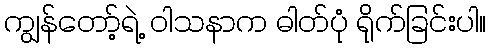
ကျွန်တော့်ရဲ့ ဝါသနာက ဓါတ်ပုံ ရိုက်ခြင်းပါ။